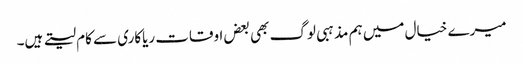
میرے خیال میں ہم مذہبی لوگ بھی بعض اوقات ریاکاری سے کام لیتے ہیں۔